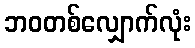
ဘဝတစ်လျှောက်လုံး